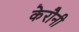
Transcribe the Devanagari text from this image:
केरौनी